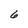
Character: 6